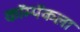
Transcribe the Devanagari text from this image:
कॉम्पॅकला